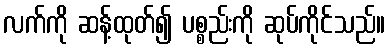
လက်ကို ဆန့်ထုတ်၍ ပစ္စည်းကို ဆုပ်ကိုင်သည်။